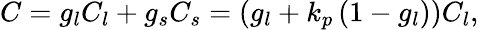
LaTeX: C=g_{l}C_{l}+g_{s}C_{s}=\left(g_{l}+k_{p}\left(1-g_{l}\right)\right)C_{l},